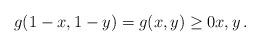
LaTeX: \begin{align*}g(1-x,1-y)=g(x,y)\ge0x,y\,.\end{align*}